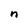
Character: n